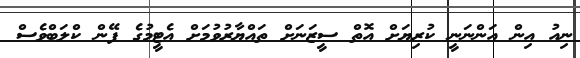
ނިއު އިން އަންނަނީ ކުރިޔަށް އޮތް ސީޒަނަށް ތައްޔާރުވުމަށް އެޓީމުގެ ފޭން ކްލަބްވެސް